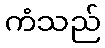
ကံသည်